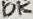
Text: 10K